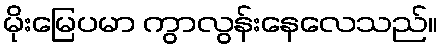
မိုးမြေပမာ ကွာလွန်းနေလေသည်။